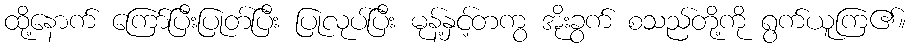
ထို့နောက် ကြော်ပြီးပြုတ်ပြီး ပြုလုပ်ပြီး မုန့်နှင့်တကွ အိုးခွက် စသည်တို့ကို ရွက်ယူကြ၏။